Lunatic asylums Madras 1892-1911 - 1892-1911
Year: 1892
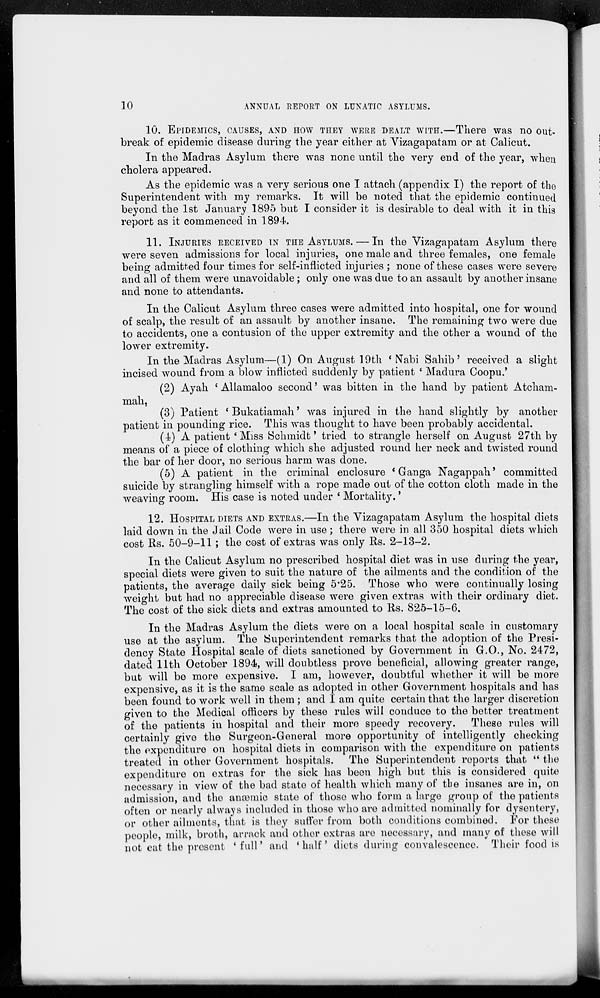
10
ANNUAL REPORT ON LUNATIC ASYLUMS.
10. EPIDEMICS, CAUSES, AND HOW THEY WERE DEALT WITH.—There was no out-
break of epidemic disease during the year either at Vizagapatam or at Calicut.
In the Madras Asylum there was none until the very end of the year, when
cholera appeared.
As the epidemic was a very serious one I attach (appendix I) the report of the
Superintendent with my remarks. It will be noted that the epidemic continued
beyond the 1st January 1895 but I consider it is desirable to deal with it in this
report as it commenced in 1894.
11. INJURIES RECEIVED IN THE ASYLUMS. — In the Vizagapatam Asylum there
were seven admissions for local injuries, one male and three females, one female
being admitted four times for self-inflicted injuries ; none of these cases were severe
and all of them were unavoidable; only one was due to an assault by another insane
and none to attendants.
In the Calicut Asylum three cases were admitted into hospital, one for wound
of scalp, the result of an assault by another insane. The remaining two were due
to accidents, one a contusion of the upper extremity and the other a wound of the
lower extremity.
In the Madras Asylum—(1) On August 19th 'Nabi Sahib' received a slight
incised wound from a blow inflicted suddenly by patient ' Madura Coopu.'
(2) Ayah 'Allamaloo second' was bitten in the hand by patient Atcham-
mah,
(3) Patient 'Bukatiamah' was injured in the hand slightly by another
patient in pounding rice. This was thought to have been probably accidental.
(4) A patient 'Miss Schmidt' tried to strangle herself on August 27th by
means of a piece of clothing which she adjusted round her neck and twisted round
the bar of her door, no serious harm was done.
(5) A patient in the criminal enclosure 'Ganga Nagappah' committed
suicide by strangling himself with a rope made out of the cotton cloth made in the
weaving room. His case is noted under 'Mortality.'
12. HOSPITAL DIETS AND EXTRAS.—In the Vizagapatam Asylum the hospital diets
laid down in the Jail Code were in use; there were in all 350 hospital diets which
cost Rs. 50-9-11 ; the cost of extras was only Rs. 2-13-2.
In the Calicut Asylum no prescribed hospital diet was in use during the year,
special diets were given to suit the nature of the ailments and the condition of the
patients, the average daily sick being 5.25. Those who were continually losing
weight but had no appreciable disease were given extras with their ordinary diet.
The cost of the sick diets and extras amounted to Rs. 825-15-6.
In the Madras Asylum the diets were on a local hospital scale in customary
use at the asylum. The Superintendent remarks that the adoption of the Presi-
dency State Hospital scale of diets sanctioned by Government in G.O., No. 2472,
dated 11th October 1894, will doubtless prove beneficial, allowing greater range,
but will be more expensive. I am, however, doubtful whether it will be more
expensive, as it is the same scale as adopted in other Government hospitals and has
been found to work well in them ; and I am quite certain that the larger discretion
given to the Medical officers by these rules will conduce to the better treatment
of the patients in hospital and their more speedy recovery.
These rules will
certainly give the Surgeon-General more opportunity of intelligently checking
the expenditure on hospital diets in comparison with the expenditure on patients
treated in other Government hospitals. The Superintendent reports that " the
expenditure on extras for the sick has been high but this is considered quite
necessary in view of the bad state of health which many of the insanes are in, on
admission, and the anæmic state of those who form a large group of the patients
often or nearly always included in those who are admitted nominally for dysentery,
or other ailments, that is they suffer from both conditions combined. For these
people, milk, broth, arrack and other extras are necessary, and many of these will
not eat the present 'full' and 'half' diets during convalescence. Their food is